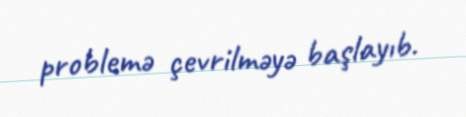
problemə çevrilməyə başlayıb.